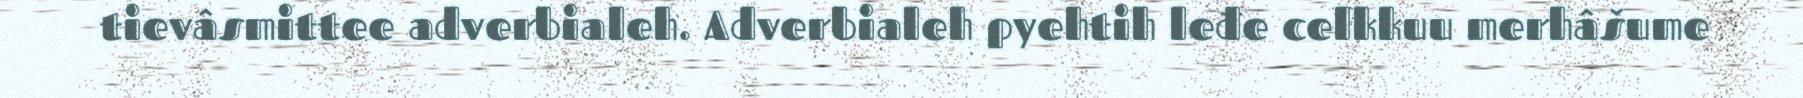
tievâsmittee adverbialeh. Adverbialeh pyehtih leđe celkkuu merhâšume